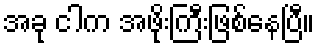
အခု ငါက အဖိုးကြီးဖြစ်နေပြီ။